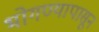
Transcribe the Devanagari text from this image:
भोगण्यापासून